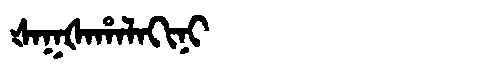
Manchu: ᡧᠠᡴᡧᠠᡥᠠᠯᠠᡴᡳᠨᡳ
Romanization: ŠAKŠAHALAKINI